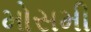
મોસમી